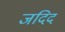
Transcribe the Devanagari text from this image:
जदिद